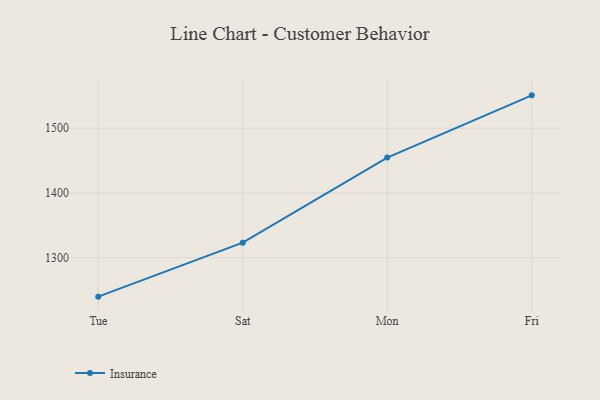
{"axis": {"x": "Day", "y": "Gross Profit (USD K)"}, "legend": ["Insurance"], "data": [{"x": "Tue", "y": 1239.7, "type": "Insurance"}, {"x": "Sat", "y": 1323.1, "type": "Insurance"}, {"x": "Mon", "y": 1454.7, "type": "Insurance"}, {"x": "Fri", "y": 1550.9, "type": "Insurance"}]}